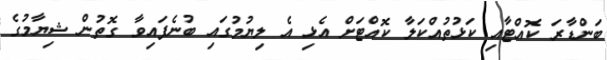
ބަންޑާރަ ކޮއްޓާއި ކަޅުތުއްކަލާ ކޮއްޓަށް އެޅި އެ ލިޔުމުގައި ބުނެފައިވާ ގޮތުން ޝިޔާމުގެ